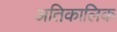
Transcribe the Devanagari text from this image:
अतिकालिक